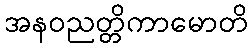
အနဝညတ္တိကာမောတိ